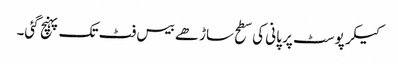
کیکر پوسٹ پر پانی کی سطح ساڑھے بیس فٹ تک پہنچ گئی۔